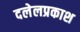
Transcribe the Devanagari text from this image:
दलेलप्रकाश